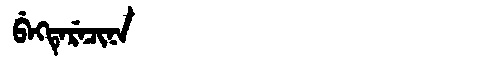
Manchu: ᠪᡝᡴᡨᡝᡵᡝᠴᡳᠨᠠ
Romanization: BEKTERECINA